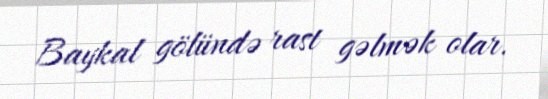
Baykal gölündə rast gəlmək olar.